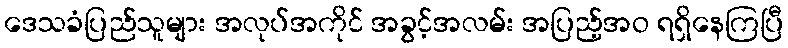
ဒေသခံပြည်သူများ အလုပ်အကိုင် အခွင့်အလမ်း အပြည့်အဝ ရရှိနေကြပြီ